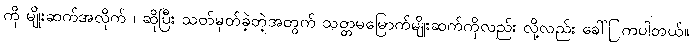
ကို မျိုးဆက်အလိုက် ၊ ဆိုပြီး သတ်မှတ်ခဲ့တဲ့အတွက် သတ္တမမြောက်မျိုးဆက်ကိုလည်း လို့လည်း ခေါ်ြကပါတယ်။